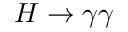
H \rightarrow \gamma \gamma